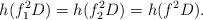
LaTeX: \begin{align*}h(f_1^2D)=h(f_2^2D)=h(f^2D).\end{align*}